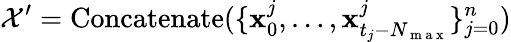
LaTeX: \mathcal{X}^{\prime}=\mathrm{Concatenate}(\{ \mathbf{x}_{0}^{j},\dots,\mathbf{x}_{t_{j}-N_{\mathrm{~m~a~x~}}}^{j}\} _{j=0}^{n})